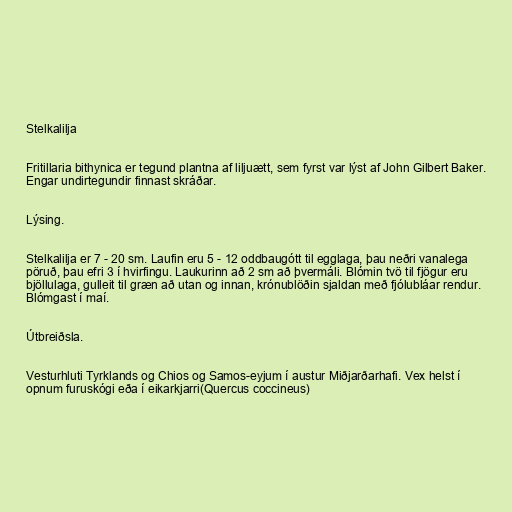
Stelkalilja

Fritillaria bithynica er tegund plantna af liljuætt, sem fyrst var lýst af John Gilbert Baker.
Engar undirtegundir finnast skráðar.

Lýsing.

Stelkalilja er 7 - 20 sm. Laufin eru 5 - 12 oddbaugótt til egglaga, þau neðri vanalega
pöruð, þau efri 3 í hvirfingu. Laukurinn að 2 sm að þvermáli. Blómin tvö til fjögur eru
bjöllulaga, gulleit til græn að utan og innan, krónublöðin sjaldan með fjólubláar rendur.
Blómgast í maí.

Útbreiðsla.

Vesturhluti Tyrklands og Chios og Samos-eyjum í austur Miðjarðarhafi. Vex helst í
opnum furuskógi eða í eikarkjarri(Quercus coccineus)